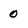
Character: 0